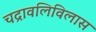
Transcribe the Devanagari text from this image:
चद्रावलिविलास